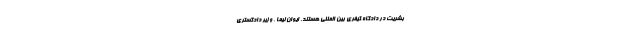
بشریت در دادگاه کیفری بین المللی هستند. ایوان لیما ، وزیر دادگستری